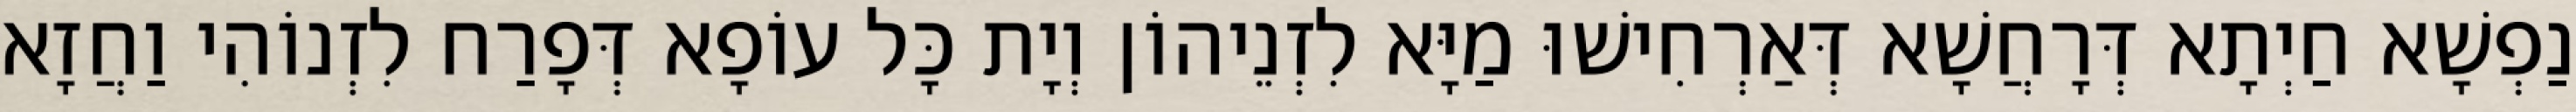
נַפְשָׁא חַיְתָא דְּרָחֲשָׁא דְּאַרְחִישׁוּ מַיָּא לִזְנֵיהוֹן וְיָת כָּל עוֹפָא דְּפָרַח לִזְנוֹהִי וַחֲזָא